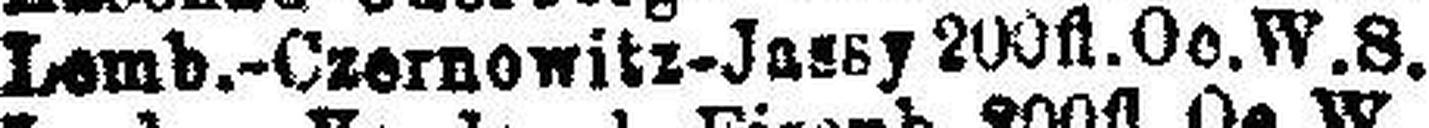
Lemb.-Czernowitz-Jassy 200fl.Oe. W.S.